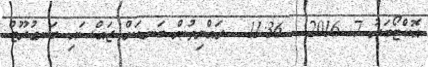
އޮކްޓޯބަރު 7